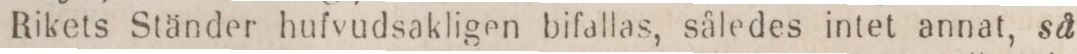
Rikets Ständer hufvudsakligen bifallas, således intet annat, så